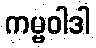
ကမ္မဝါဒါ